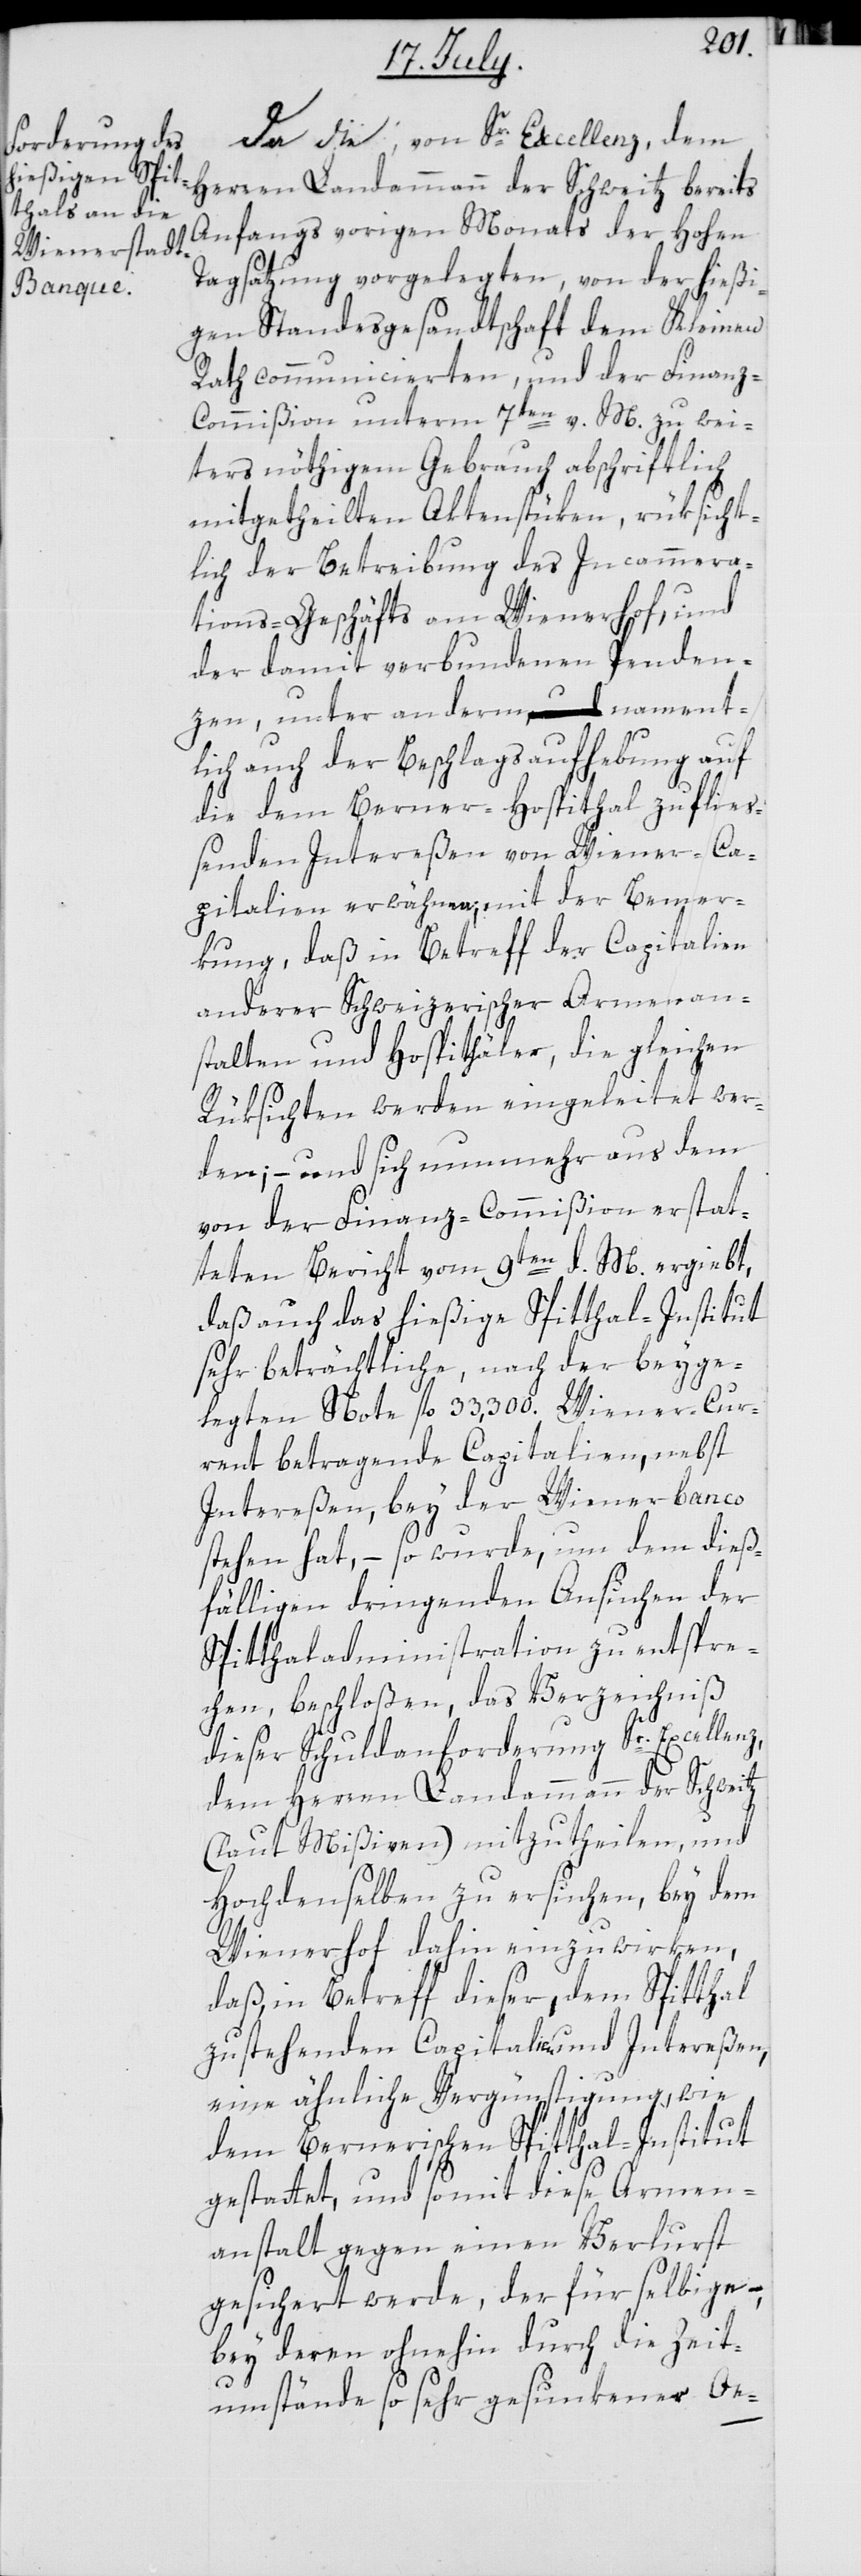
Da die, von Sr. Excellenz, dem
Herren Landammann der Schweitz bereits
Anfangs vorigen Monats der Hohen
Tagsatzung vorgelegten, von der hießi¬
gen Standesgesandtschaft dem Kleinen
Rath communicierten, und der Finan¬
z-Commißion unterm 7ten v. M. zu wei¬
ters nöthigem Gebrauch abschriftlich
mitgetheilten Aktenstüken, rüksicht¬
lich der Betreibung des Incammera¬
tions-Geschäfts am Wienerhof; und
der damit verbundenen Penden¬
zen, unter anderem nament¬
lich auch der Beschlagsaufhebung auf
die dem Berner-Hospithal zufließ¬
enden Intereßen von Wiener-Ca¬
pitalien erwähnen, mit der Bemer¬
kung, daß in Betreff der Capitalien
anderer Schweizerischer Armenan¬
stalten und Hospithäler, die gleichen
Rüksichten werden eingeleitet wer¬
den; – und sich nunmehr aus dem
von der Finanz-Commißion erstat¬
teten Bericht vom 9ten d. M ergiebt,
daß auch das hießige Spithal-Institut
sehr beträchtliche, nach der beyge¬
legten Note fl. 33,300. Wiener-Cur¬
rent betragende Capitalien, nebst
Intereßen, bey der Wienerbanco
stehen hat, – so wurde, um dem dieß¬
fälligen dringenden Ansuchen der
Spitthaladministration zu entspre¬
chen, beschloßen, das Verzeichniß
dieser Schuldanforderung Sr. Excellenz,
dem Herren Landammann der Schweitz
(laut Mißiven) mitzutheilen, und
Hochdenselben zu ersuchen, bey dem
Wienerhof dahin einzuwirken,
daß, in Betreff dieser, dem Spitthal
zustehenden Capitalien und Intereßen,
eine ähnliche Vergünstigung, wie
dem Bernerischen Spitthal-Institut
gestattet, und somit diese Armen¬
anstalt gegen einen Verlurst
gesichert werde, der für selbige,
bey deren ohnehin durch die Zeit¬
umstände so sehr gesunkener Oe-